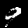
Label: 9